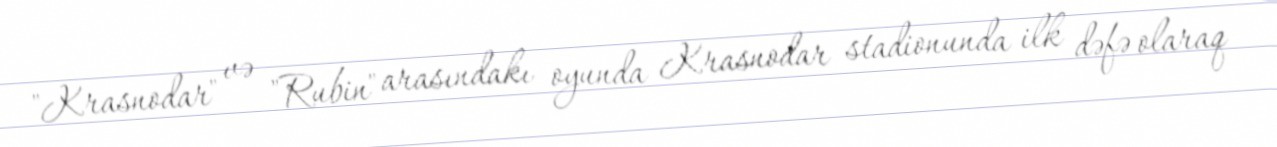
"Krasnodar" və "Rubin" arasındakı oyunda Krasnodar stadionunda ilk dəfə olaraq